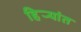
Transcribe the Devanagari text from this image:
हिर्‍यांत